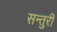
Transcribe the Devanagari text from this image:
सन्तुरी